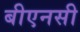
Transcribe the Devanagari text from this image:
बीएनसी